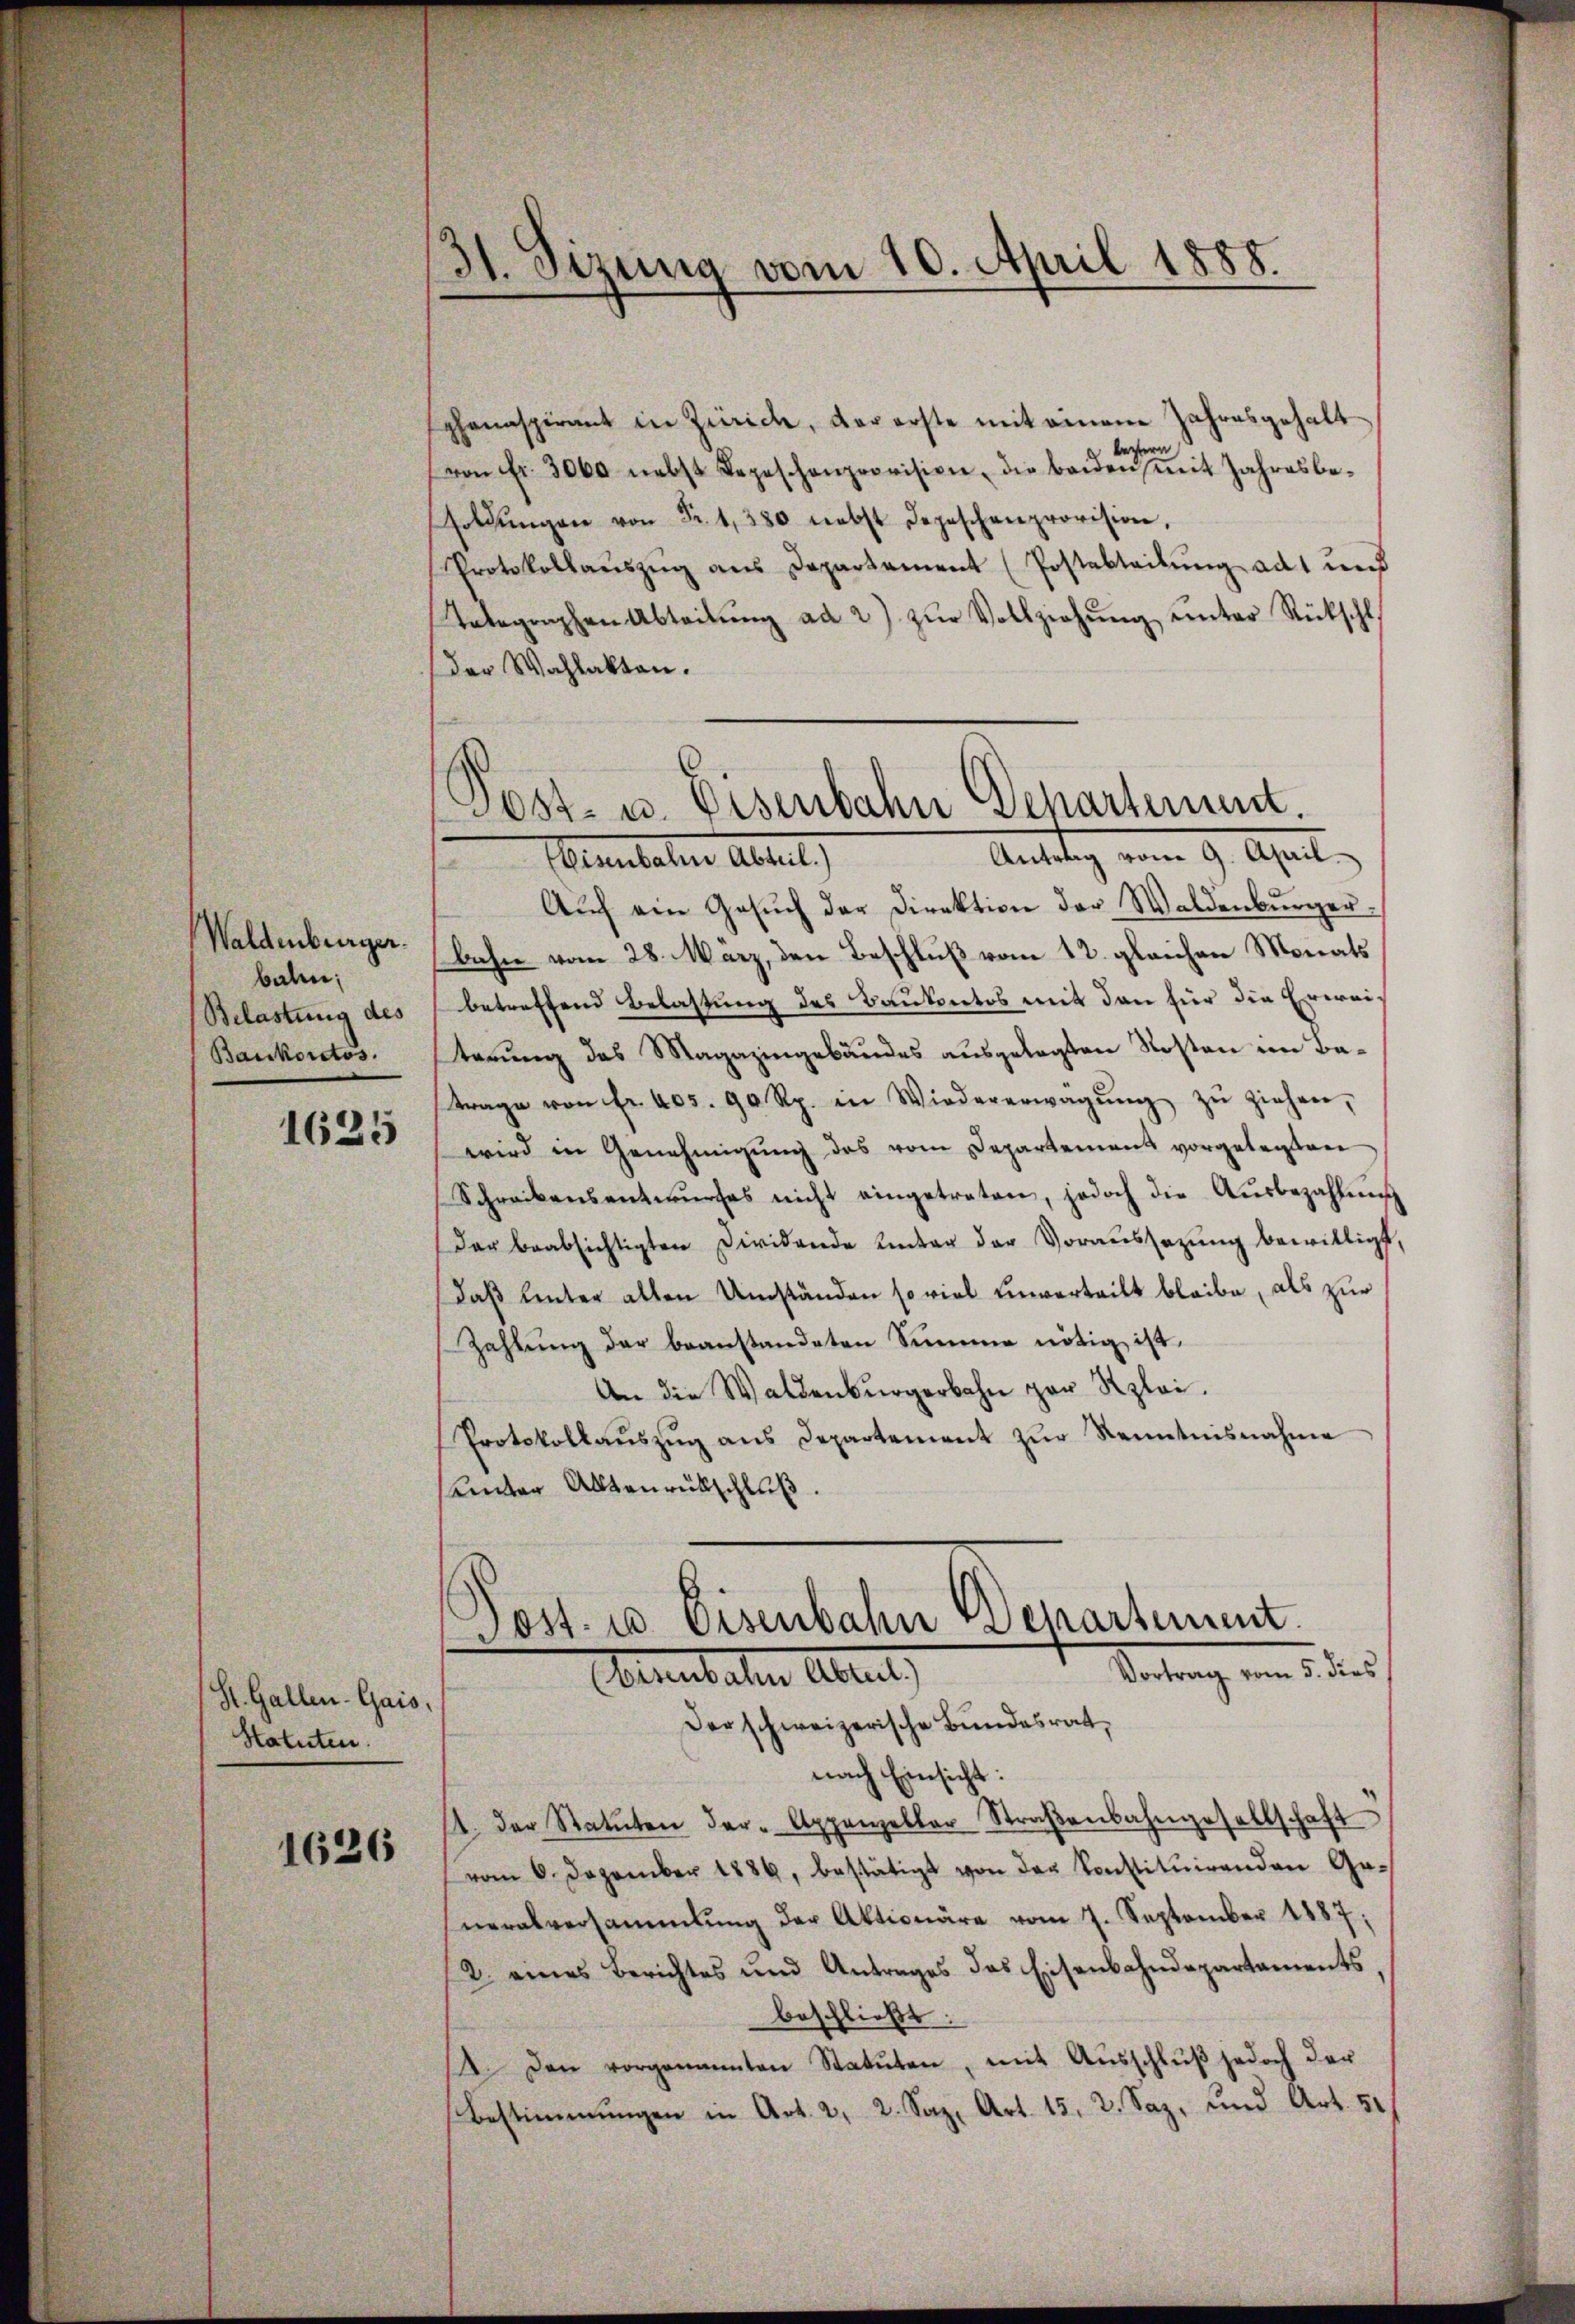
Waldenburger.
bale;
Belastung des
Baukorctos.

1625

St. Gallen- Gais,
Statuten.

1626

31. Sizung vom 10. April 1888.

phanaspirant in Zürich, der erste mit einem Jahresgehalt
ra
e
von Fr. 3000 nebst Depeschenprovision, die beiden mit Jahresbe¬
Foldŭngen von Fr. 1, 380 nebst Depeschenprovision,
Protokollaŭszŭg ans Departament (Postabteilŭng ad 1 und
Telegraphen Abteilŭng ad 2) zŭr Vollziehŭng ŭnter Rückschl
der Wahlakten.
Antag vom 9. Apuli
Seebahner Absat
Aŭf ein Gesŭch der Direktion der Waldenbŭrger-
bahn vom 28. März, den Beschluß vom 12. gleichen Monats
betreffend Belastung des Baukontos mit den für die Erweiterung des Magazingebäudes ausgelegten Kosten im Batrage von Fr. 405. 90 Rp. in Wiedererwägŭng zŭ ziehen,
wird in Genehmigung des vom Departement vorgelegten
Schreibensentwŭrfes nicht eingetreten, jedoch die Aŭsbezahlung
der beabsichtigten Dividende unter der Voraussetzung bewilligt,
Daß hinter alten Umständen so viel einverteilt bleibe, als zur
Zahlŭng der beanstandeten Summe nötig ist.
An die Waldenburgerbahn zur Rzlei.
Protokollaŭszŭg ans Departement zŭr Renntnisnahme
unter Altenrückschluß.

.
1084 u. Eisenbahn Departement.

Post- u. Eisenbahn Departement.
—
Vortrag vom 5. dies
Abend aller Allent,

Der schweizerische Bundesrat,
nach Einsicht:
1. der Statuten der Appenzellar Straβenbahngesellschaft
vom 6. Dezember 1886, bestätigt von der konstituirenden Generalversammlung der Aktionäre vom 7. September 1887,
2. eines Berichtes und Antrages das Eisenbahndepartaments
beschließt:
14. Den vorgenannten Statuten, mit Aŭsschlŭβ jedoch der
Bestimmungen in Art. 2, 2. Satz. Art. 15, 2. Saz, und Art. 51